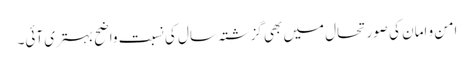
امن و امان کی صورتحال میں بھی گزشتہ سال کی نسبت واضح بہتری آئی۔